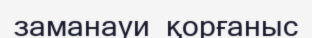
заманауи  қорғаныс